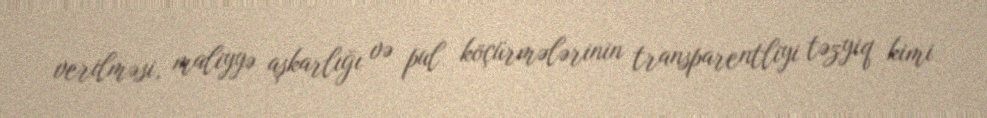
verilməsi, maliyyə aşkarlığı və pul köçürmələrinin transparentliyi təzyiq kimi